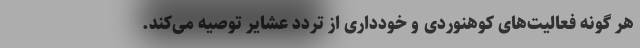
هر گونه فعالیت‌های کوهنوردی و خودداری از تردد عشایر توصیه می‌کند.